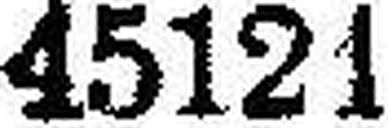
45121